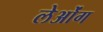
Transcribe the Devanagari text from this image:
लेओंग